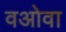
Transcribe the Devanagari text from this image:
वओवा